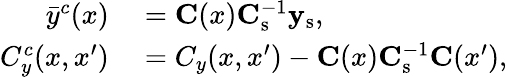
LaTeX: \begin{array}{rl}{\bar{y}^{c}(x)}&{{}=\mathbf{C}(x)\mathbf{C}_{\mathrm{s}}^{-1}\mathbf{y}_{\mathrm{s}},}\\ {C_{y}^{c}(x,x^{\prime})}&{{}=C_{y}(x,x^{\prime})-\mathbf{C}(x)\mathbf{C}_{\mathrm{s}}^{-1}\mathbf{C}(x^{\prime}),}\end{array}